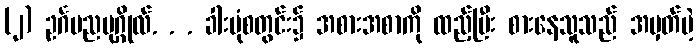
(၂) ဥင်္ဂပညပုဂ္ဂိုလ်. . . ခါးပုံစတွင်း၌ အစားအစာကို ထည့်ပြီး စားနေသူသည် အမှတ်မဲ့